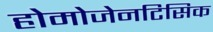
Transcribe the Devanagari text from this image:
होमोजेनटिसिक